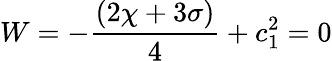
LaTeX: W=-\frac{(2\chi+3\sigma)}{4}+c_{1}^{2}=0